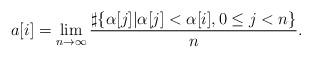
LaTeX: \begin{align*}a[i]=\lim_{n \to \infty}\frac{\sharp\{\alpha[j]|\alpha[j]<\alpha[i], 0\leq j<n\}}{n}.\end{align*}